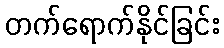
တက်ရောက်နိုင်ခြင်း